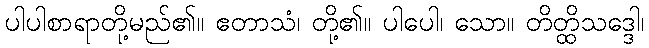
ပါပါစာရာတို့မည်၏။ ဧတာသံ၊ တို့၏။ ပါပေါ၊ သော။ တိတ္ထိသဒ္ဒေါ၊